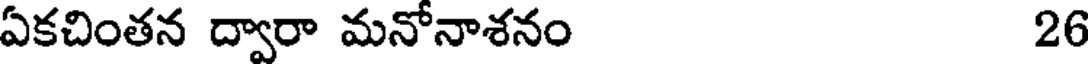
ఏకచింతన ద్వారా మనోనాశనం 26